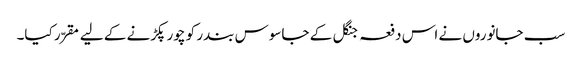
سب جانوروں نے اس دفعہ جنگل کے جاسوس بندر کو چور پکڑنے کے لیے مقرّر کیا۔